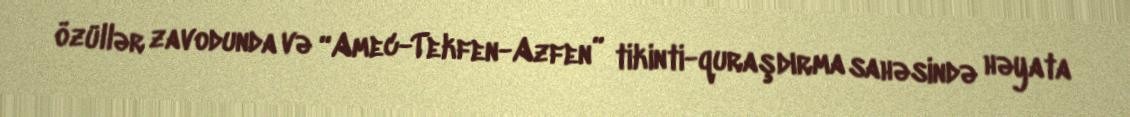
özüllər zavodunda və “Amec-Tekfen-Azfen” tikinti-quraşdırma sahəsində həyata